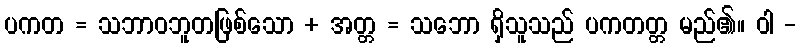
ပကတ = သဘာဝဘူတဖြစ်သော + အတ္တ = သဘော ရှိသူသည် ပကတတ္တ မည်၏။ ဝါ -